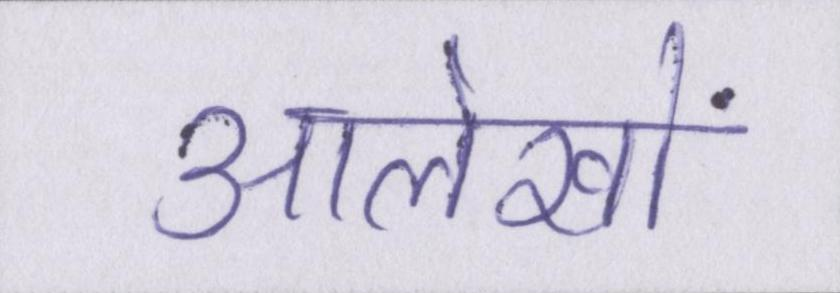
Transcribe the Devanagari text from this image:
आलेखों